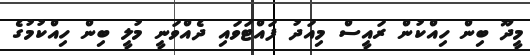
މީދޫ ބިން ހިއްކުން ރައީސް މިއަދު ފައްޓަވައި ދެއްވަނީ މުލީ ބިން ހިއްކުމުގެ